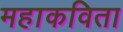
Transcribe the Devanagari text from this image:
महाकविता